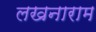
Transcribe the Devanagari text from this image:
लखनाराम